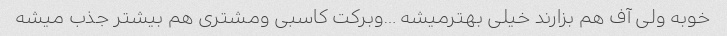
خوبه ولی آف هم بزارند خیلی بهترمیشه …وبرکت کاسبی ومشتری هم بیشتر جذب میشه